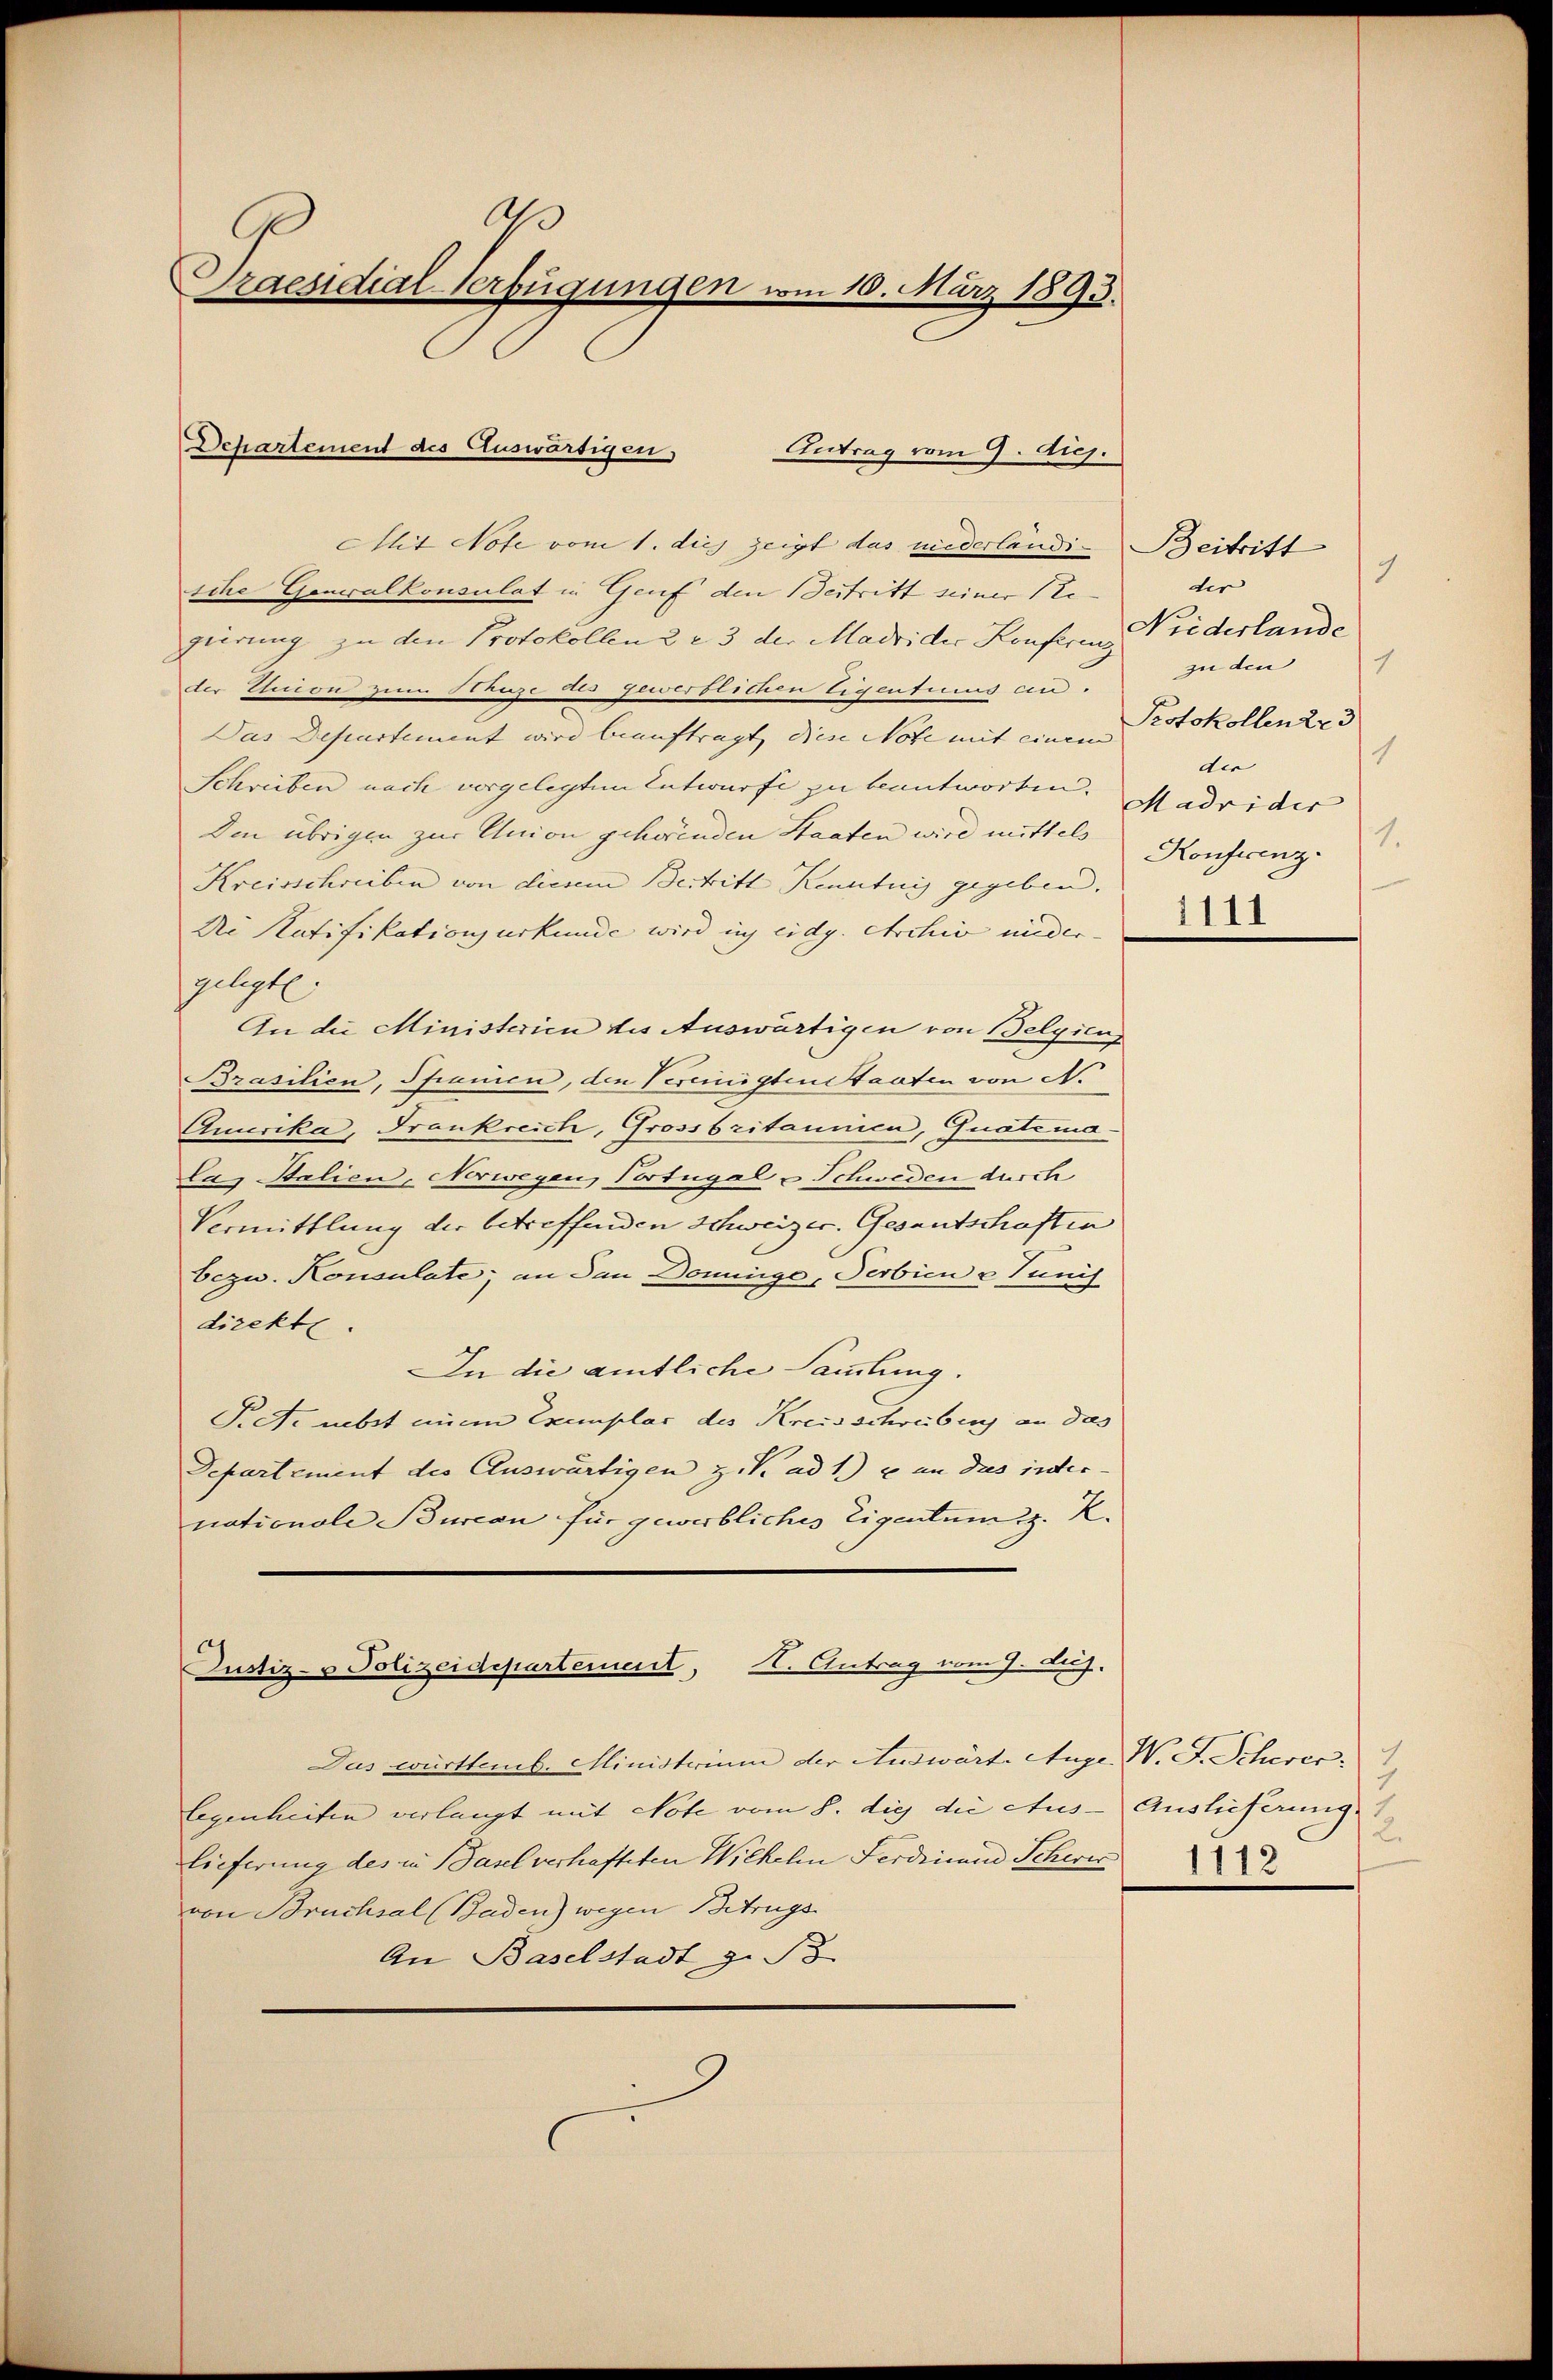
A
Praesidial-Verfügungen vom 10. März 1893.

Mit Note vom 1. dies zeigt das niederländi- Beitritt
sche Generalkonsulat in Genf den Bestritt seiner te
gierung zu den Protokollen 2 r. 3 der Madrider Konferenz Wiederlande
der Etion zum Struze des Gewerblichen Eigentinius an¬
Das Departement wird beauftragt, diese Note mit einem
Schreiben nach vorgelegten Entwurfe zu beantworten. Madrides
Den übrigen zur Union gehörenden Staaten wird mittels
Kreisschreiben von diesem Beitritt Kenntnis gegeben.
Die Ratifikationsurkunde wird ich eidg. Archiv nider- |
gelegte.
An die Ministerien des Auswärtigen von Belgien
Brasilien, Spanien, den Vereinigten staaten von N.
Quurika, Frankreich, Grossbritannica, Quatimalag Stalien, Norwegen Portugal & Schweden durch
Vermittlung der betreffenden Schweizer. Gesentschaften
bezw. Konsulate, an den Doninge, Serbien & Tunif
direkt
In die amtliche Sammlung.
Pict. nebst einem Exemplar des Kreisschreibung an das
Departement des Auswärtigen z.B. ad 1.) ein das inter
nationale Bureau für gewerbliches Eigentum d. R.
Justiz- & Polizeidepartement, St. Antrag vom 7. Aug.

Dchartement des Auswärtigen,
Antrag vom 9. diej.

Das württemb. Ministerium der Auswärte Auge W. F. Scherec
legenheiten verlangt mit Note vom 8. die die Aus- Auslieferung
lieferung des in Basel verhafteten Wilhelm Ferdinand Scheris
von Bruchsal (Baden) wegen Betrugs
An Baselstadt z. B

9
der
zu den
1
Protokollener
1
der
1.
Konferenz-
1111

.
1112